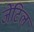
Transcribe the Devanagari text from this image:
जेंटिल